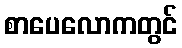
စာပေလောကတွင်